Voru_kinnistusamet, lk 10
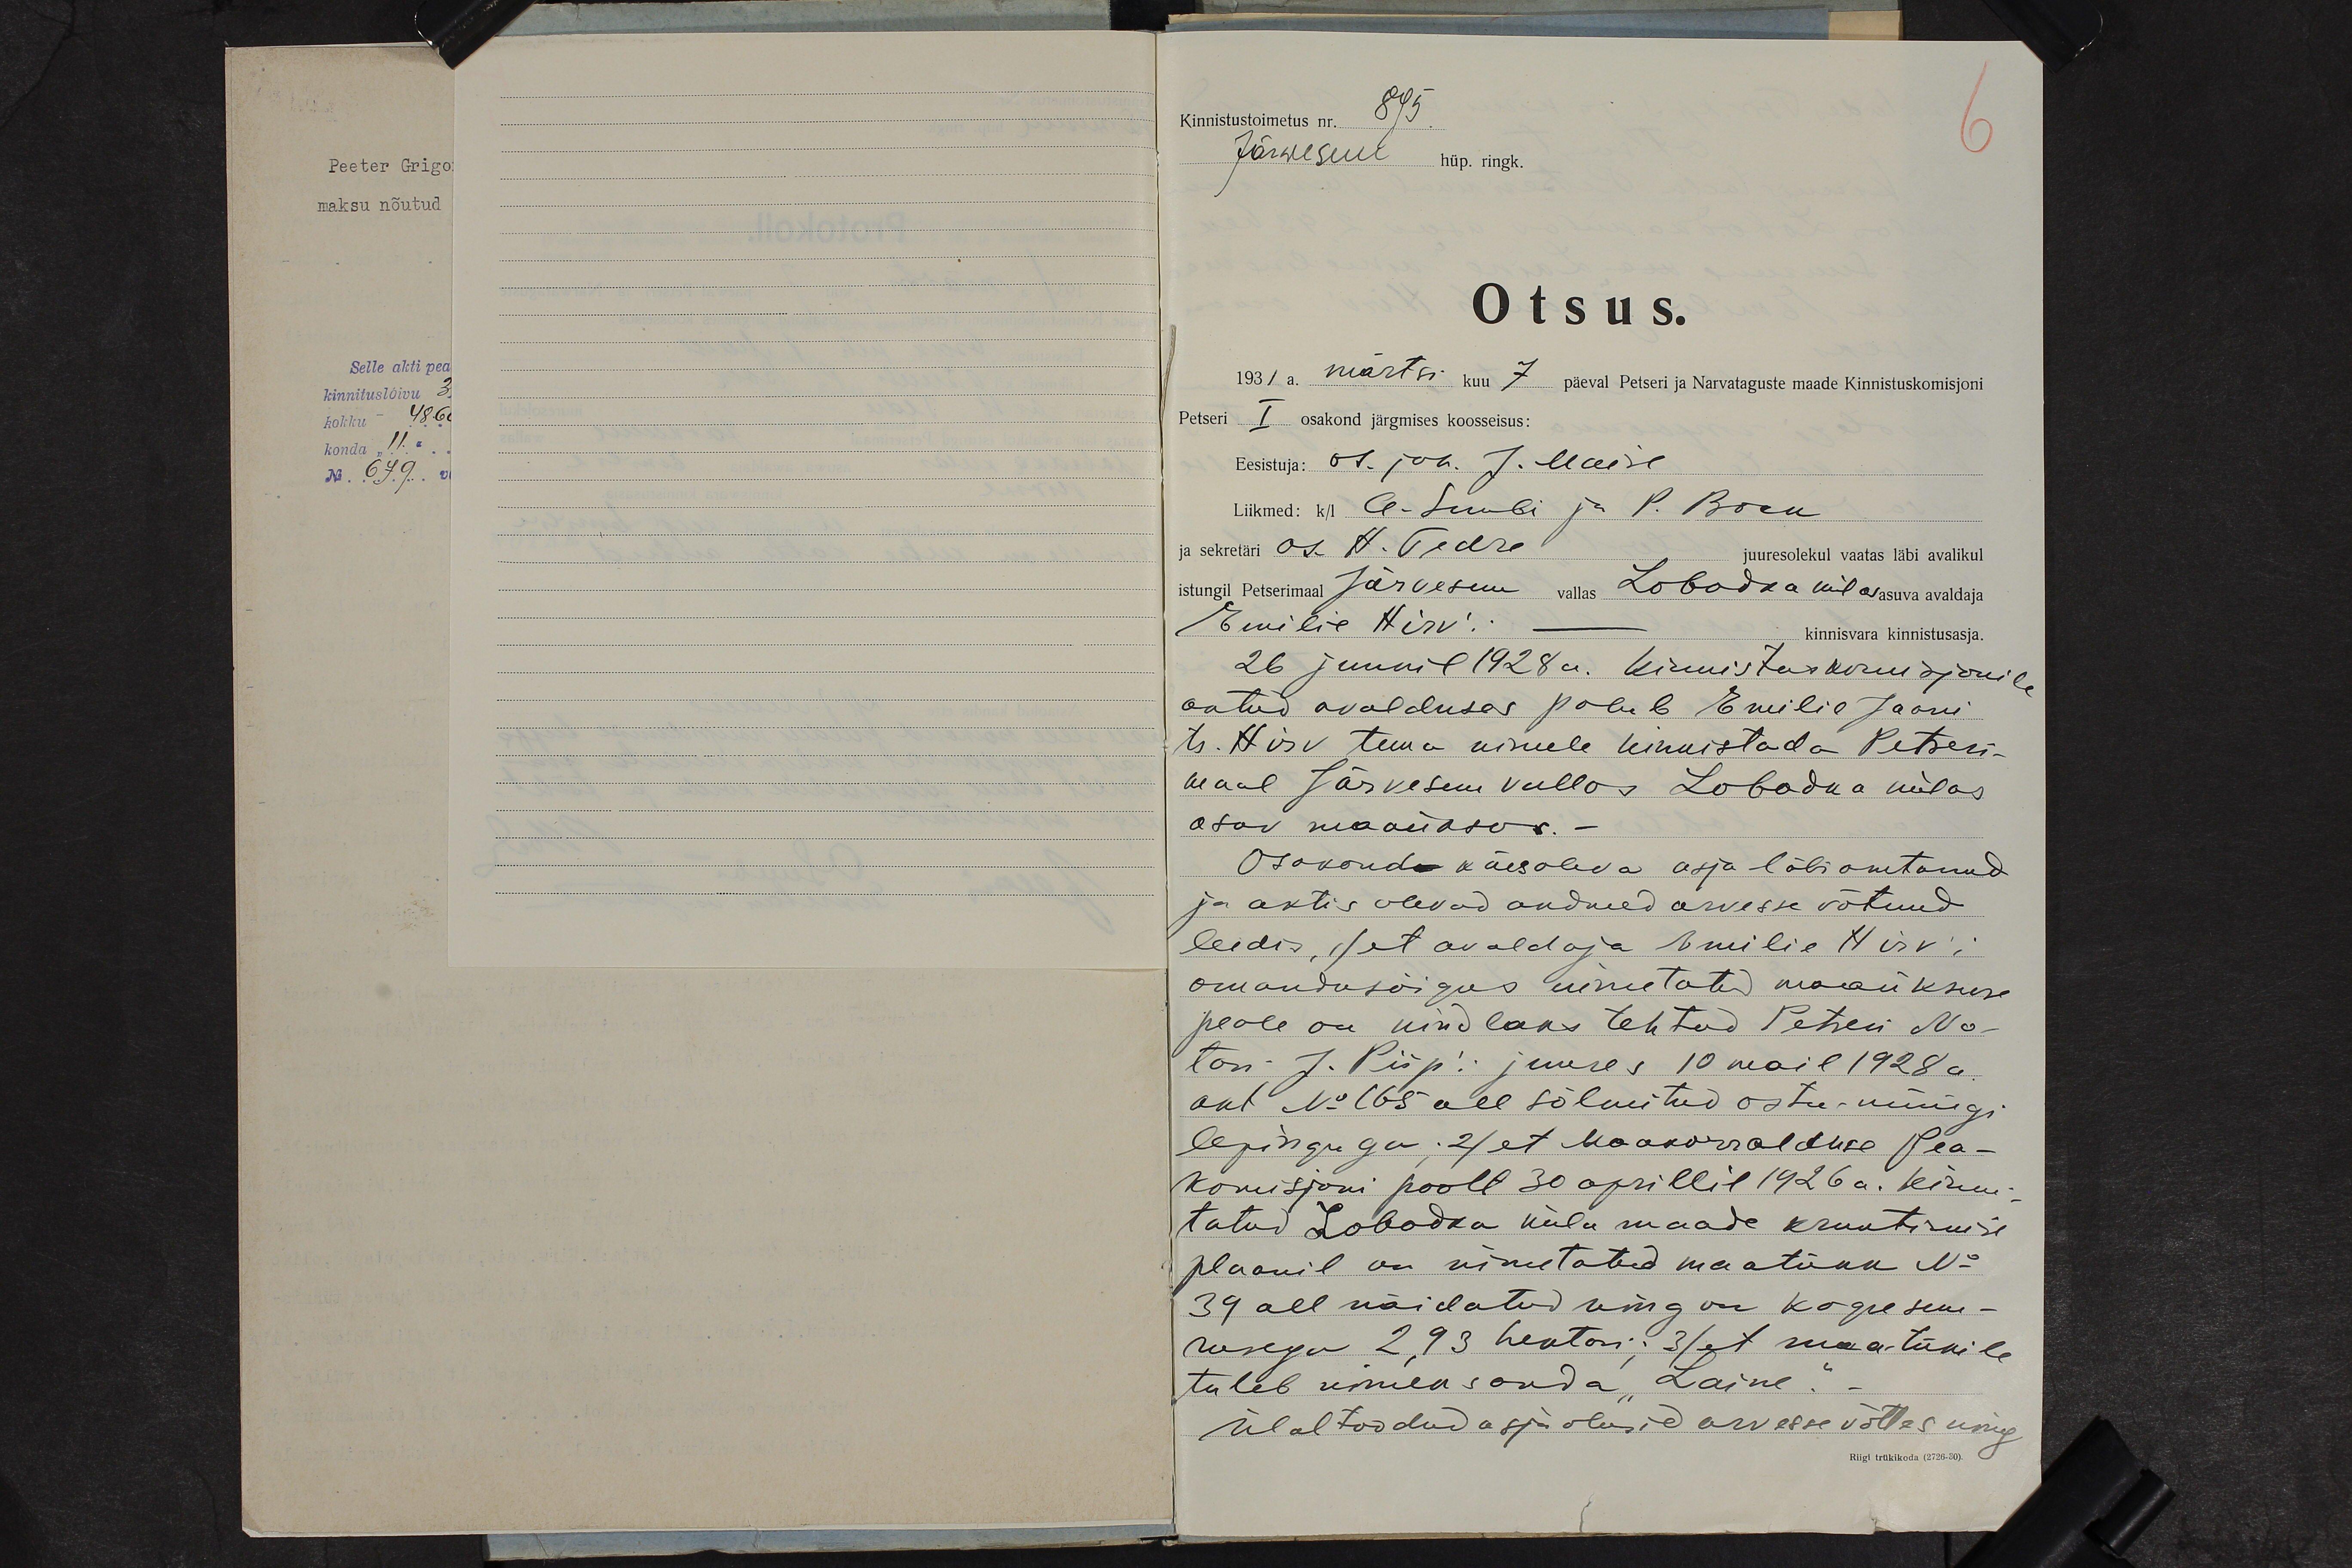
Kinnistustoimetus nr. 895.
Järwesuu hüp. ringk.
6
Otsus.
1931 a. märtsi kuu 7 päeval Petseri ja Narvataguste maade Kinnistuskomisjoni
Petseri I osakond järgmises koosseisus:
Eesistuja: os. juh. J. Maise
Liikmed: k/l A. Suubi ja P. Bock
ja sekretäri as. H. Tedre juuresolekul vaatas läbi avalikul
istungil Petserimaal Järvesuu vallas Lobodka külas asuva avaldaja
Emilie Hirv´i - kinnisvara kinnistusasja.
26 juunil 1928a. kinnistuskomisjonile
antud avalduses palub Emilie Jaani
tr. Hirv tema nimele kinnistada Petseri-
maal Järvesuu vallas Lobodka külas
asuv maaüksus. -
Osakonda käesoleva asja läbi arutanud
ja aktis olevad andmed arvesse võtnud
leidis, 1) et avaldaja Emilie Hirv'i
omandusõigus nimetatud maaüksuse
peale on kindlaks tehtud Petseri No-
tari J. Piipi´i juures 10 mail 1928 a.
akt No C65 all sõlmitud ostu-müügi
lepinguga; 2) et Maakorralduse Pea-
komisjoni poolt 30 aprillil 1926 a. kinni-
tatud Lobodka küla maade kruntimise
plaanil on nimetatud maatükk No
39 all näidatud ning on kogu suu-
rusega 2,93 hektari; 3) et maatükile
tuleb nimeks anda "Laine." -
Ülaltoodud asjaolusid arvesse võttes ning
Riigi trükikoda (2726-30).